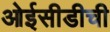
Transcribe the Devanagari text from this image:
ओईसीडीची